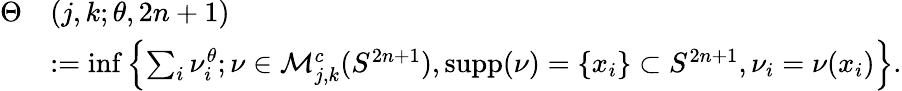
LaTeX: \begin{array}{rl}{\Theta}&{({j,k};\theta,2n+1)}\\ &{:=\operatorname*{inf}\left\{ \sum_{i}\nu_{i}^{\theta};\nu\in\mathcal{M}_{j,k}^{c}(S^{2n+1}),\mathrm{supp}(\nu)=\{ x_{i}\} \subset S^{2n+1},\nu_{i}=\nu(x_{i})\right\} .}\end{array}